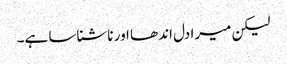
لیکن میرا دل اندھا اور ناشناسا ہے۔